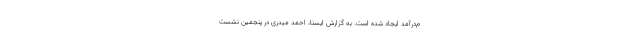
م‌درآمد ایجاد شده است. به گزارش ایسنا، احمد میدری در پنجمین نشست